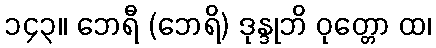
၁၄၃။ ဘေရီ (ဘေရိ) ဒုန္ဒုဘိ ဝုတ္တော ထ၊